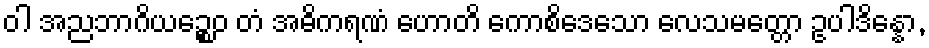
ဝါ အညဘာဂိယဉ္စေဝ တံ အဓိကရဏံ ဟောတိ ကောစိဒေသော လေသမတ္တော ဥပါဒိန္နော,